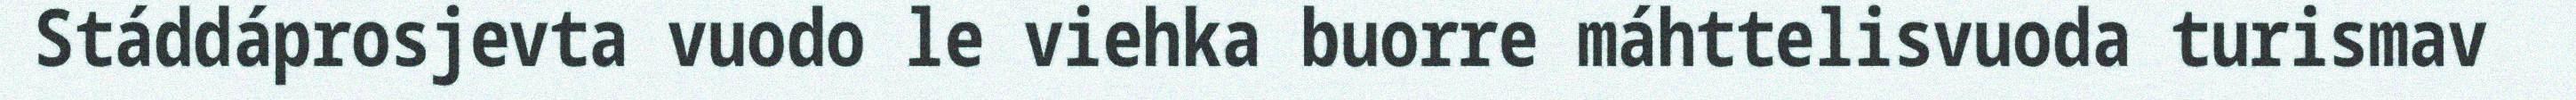
Stáddáprosjevta vuodo le viehka buorre máhttelisvuoda turismav